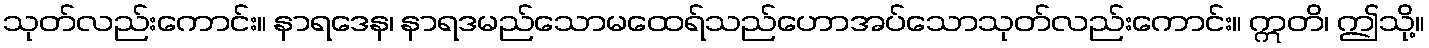
သုတ်လည်းကောင်း။ နာရဒေန၊ နာရဒမည်သောမထေရ်သည်ဟောအပ်သောသုတ်လည်းကောင်း။ ဣတိ၊ ဤသို့။